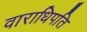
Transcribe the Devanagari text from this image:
वाराधिपति